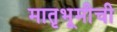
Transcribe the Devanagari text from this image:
मातृभूमीची